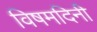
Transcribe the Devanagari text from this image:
विषमदिनी